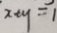
x + y = 1